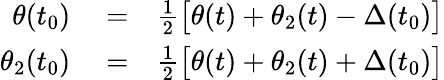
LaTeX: \begin{array}{rlr}{\theta(t_{0})}&{{}=}&{{\frac{1}{2}}\big[\theta(t)+\theta_{2}(t)-\Delta(t_{0})\big]}\\ {\theta_{2}(t_{0})}&{{}=}&{{\frac{1}{2}}\big[\theta(t)+\theta_{2}(t)+\Delta(t_{0})\big]}\end{array}